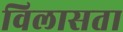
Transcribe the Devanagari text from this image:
विलासता